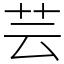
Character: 芸